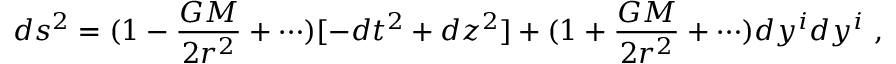
d s ^ { 2 } = ( 1 - { \frac { G M } { 2 r ^ { 2 } } } + \cdots ) [ - d t ^ { 2 } + d z ^ { 2 } ] + ( 1 + { \frac { G M } { 2 r ^ { 2 } } } + \cdots ) d y ^ { i } d y ^ { i } \ ,